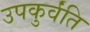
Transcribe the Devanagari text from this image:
उपकुर्वंति